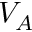
V _ { A }